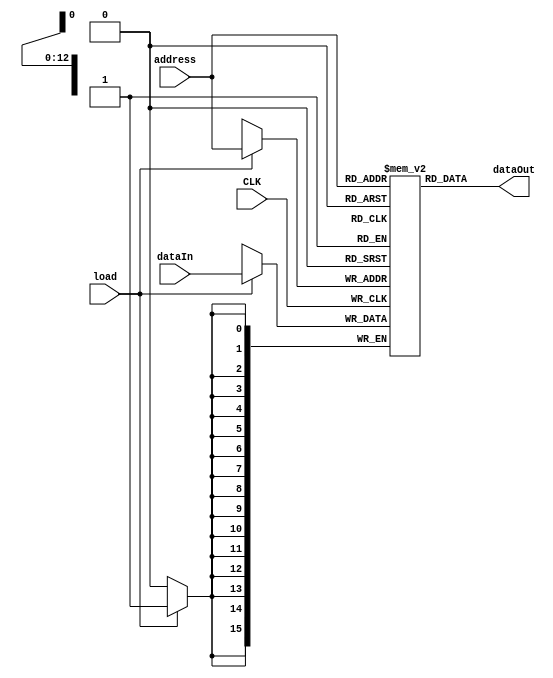
module RAM #(
    parameter DATA_WIDTH = 16,
    parameter ADDR_WIDTH = 13,
    parameter MEM_DEPTH = 8192
) (
    input CLK,
    input [ADDR_WIDTH-1:0] address,
    input [DATA_WIDTH-1:0] dataIn,
    input load,
    output [DATA_WIDTH-1:0] dataOut
);
    reg [DATA_WIDTH-1:0] ram [0:MEM_DEPTH-1];

    always @(posedge CLK) begin
        if (load) begin
            ram[address] <= dataIn;
        end
    end
    
    assign dataOut = ram[address];
    
endmodule